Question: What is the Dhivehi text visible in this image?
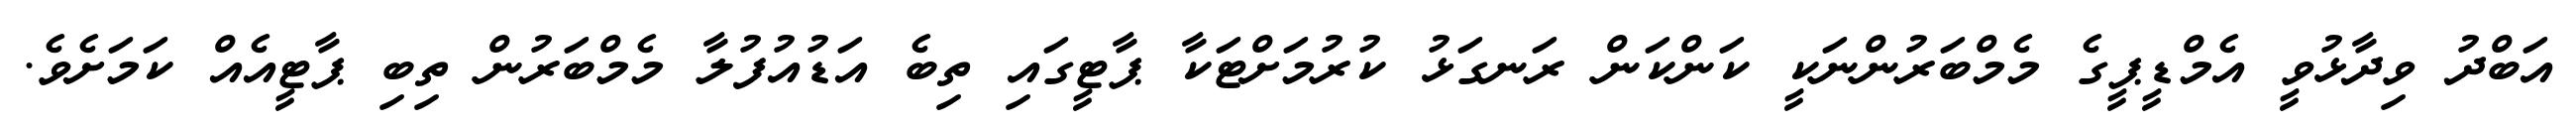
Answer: އަބްދު ވިދާޅުވީ އެމްޑީޕީގެ މެމްބަރުންނަކީ ކަންކަން ރަނގަޅު ކުރުމަށްޓަކާ ޕާޓީގައި ތިބެ އަޑުއުފުލާ މެމްބަރުން ތިބި ޕާޓީއެއް ކަމަށެވެ.